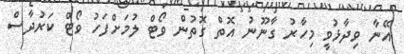
އޭނާ ވިދާޅުވީ މިހާރު ގާނޫނު އޮތް ގޮތުން ވޯޓް ލުމަށްފަހު ވޯޓް ކަރުދާސް